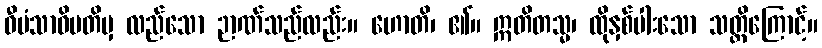
ဝီမံသာဓိပတိမှ လည်သော ဉာဏ်သည်လည်း။ ဟောတိ၊ ၏။ ဣတိတသ္မ၊ ထိုနှစ်ပါးသော သတ္တိကြောင့်။